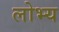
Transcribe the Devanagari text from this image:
लोभ्य